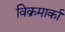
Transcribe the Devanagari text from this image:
विक्रमार्का